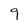
Character: 9